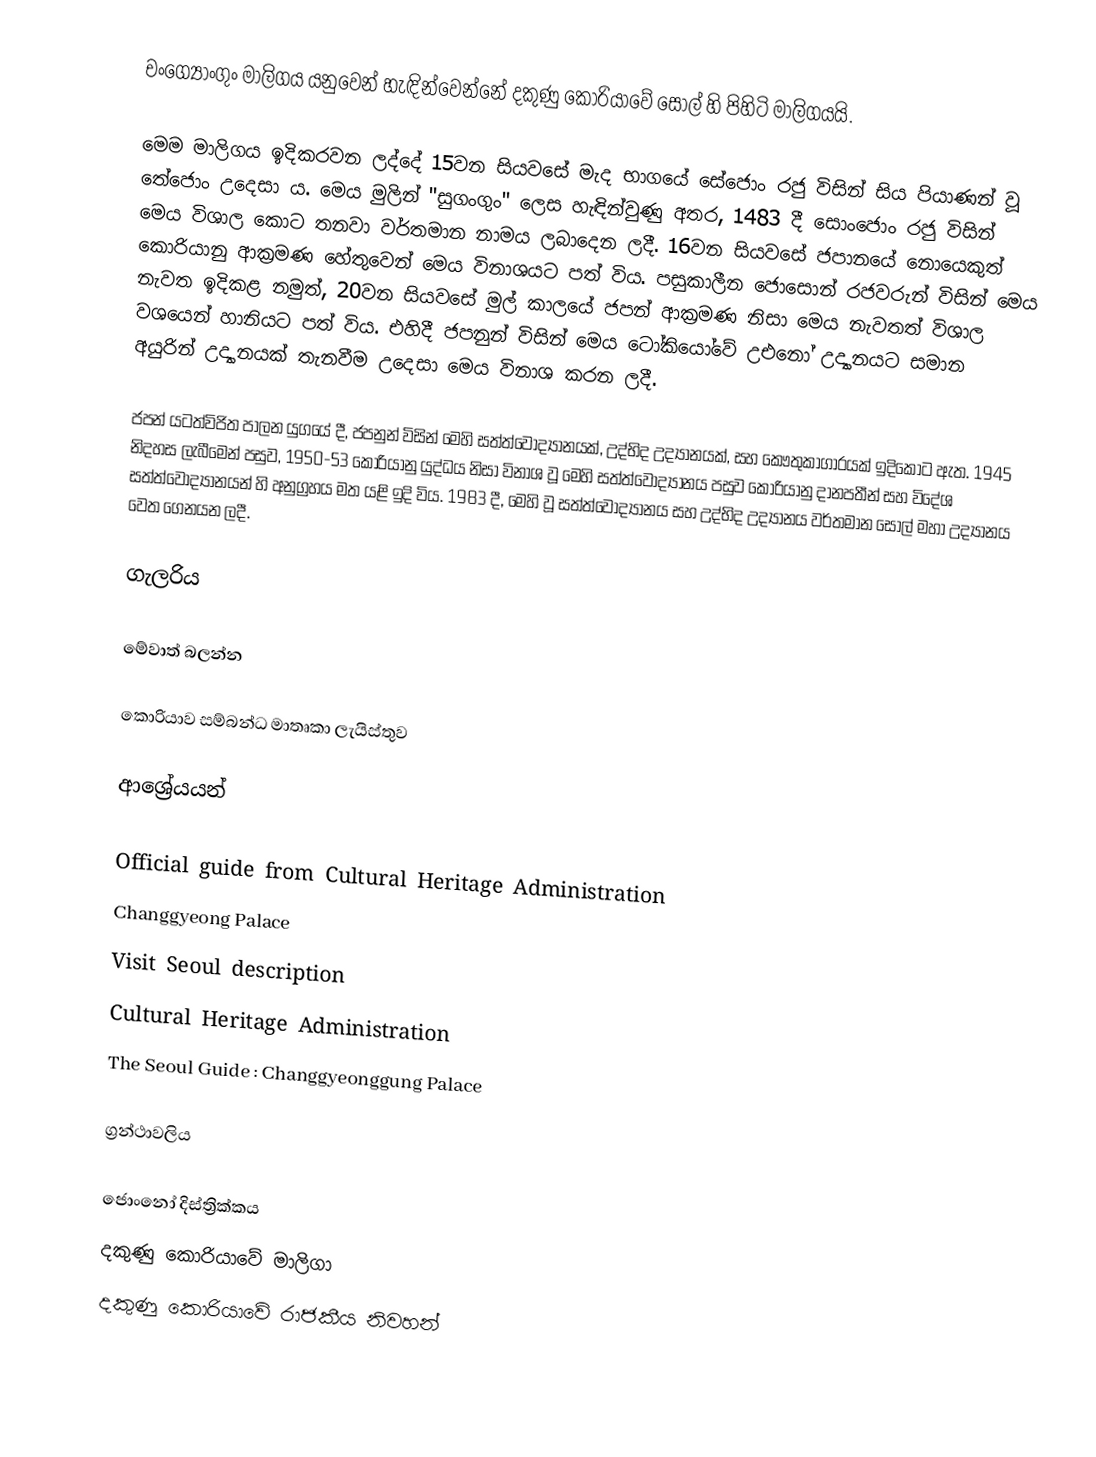
චංග්‍යොංගුං මාලිගය යනුවෙන් හැඳින්වෙන්නේ දකුණු කොරියාවේ සෝල් හි පිහිටි මාලිගයයි.

මෙම මාලිගය ඉදිකරවන ලද්දේ 15වන සියවසේ මැද භාගයේ සේජොං රජු විසින් සිය පියාණන් වූ තේජොං උදෙසා ය. මෙය මුලින් "සුගංගුං" ලෙස හැඳින්වුණු අතර, 1483 දී සොංජොං රජු විසින් මෙය විශාල කොට තනවා වර්තමාන නාමය ලබාදෙන ලදී. 16වන සියවසේ ජපානයේ නොයෙකුත් කොරියානු ආක්‍රමණ හේතුවෙන් මෙය විනාශයට පත් විය. පසුකාලීන ජොසොන් රජවරුන් විසින් මෙය නැවත ඉදිකළ නමුත්, 20වන සියවසේ මුල් කාලයේ ජපන් ආක්‍රමණ නිසා මෙය නැවතත් විශාල වශයෙන් හානියට පත් විය. එහිදී ජපනුන් විසින් මෙය ටෝකියෝවේ උඑනෝ උද්‍යානයට සමාන අයුරින් උද්‍යානයක් තැනවීම උදෙසා මෙය විනාශ කරන ලදී.

ජපන් යටත්විජිත පාලන යුගයේ දී, ජපනුන් විසින් මෙහි සත්ත්වෝද්‍යානයක්, උද්භිද උද්‍යානයක්, සහ කෞතුකාගාරයක් ඉදිකොට ඇත. 1945 නිදහස ලැබීමෙන් පසුව, 1950-53 කොරියානු යුද්ධය නිසා විනාශ වූ මෙහි සත්ත්වෝද්‍යානය පසුව කොරියානු දානපතීන් සහ විදේශ සත්ත්වෝද්‍යානයන් හි අනුග්‍රහය මත යළි ඉදි විය. 1983 දී, මෙහි වූ සත්ත්වෝද්‍යානය සහ උද්භිද උද්‍යානය වර්තමාන සෝල් මහා උද්‍යානය වෙත ගෙනයන ලදී.

ගැලරිය

මේවාත් බලන්න

කොරියාව සම්බන්ධ මාතෘකා ලැයිස්තුව

ආශ්‍රේයයන්

Official guide from Cultural Heritage Administration
Changgyeong Palace
Visit Seoul description
Cultural Heritage Administration
The Seoul Guide : Changgyeonggung Palace

ග්‍රන්ථාවලිය

ජොංනෝ දිස්ත්‍රික්කය
දකුණු කොරියාවේ මාලිගා
දකුණු කොරියාවේ රාජකීය නිවහන්